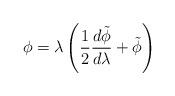
LaTeX: \begin{align*}\phi=\lambda\left(\frac{1}{2}\frac{d\tilde\phi}{d\lambda}+\tilde\phi\right)\end{align*}